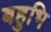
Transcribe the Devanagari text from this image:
बहुभि